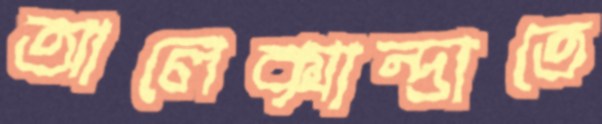
আলেক্সান্দ্রাতে